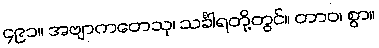
၄၉၁။ အဗျာကတေသု၊ သင်္ခါရတို့တွင်။ တာဝ၊ စွာ။